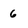
Character: 6